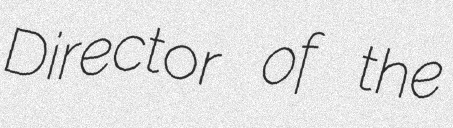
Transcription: Director of the